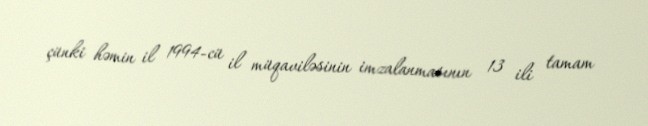
çünki həmin il 1994-cü il müqaviləsinin imzalanmasının 13 ili tamam